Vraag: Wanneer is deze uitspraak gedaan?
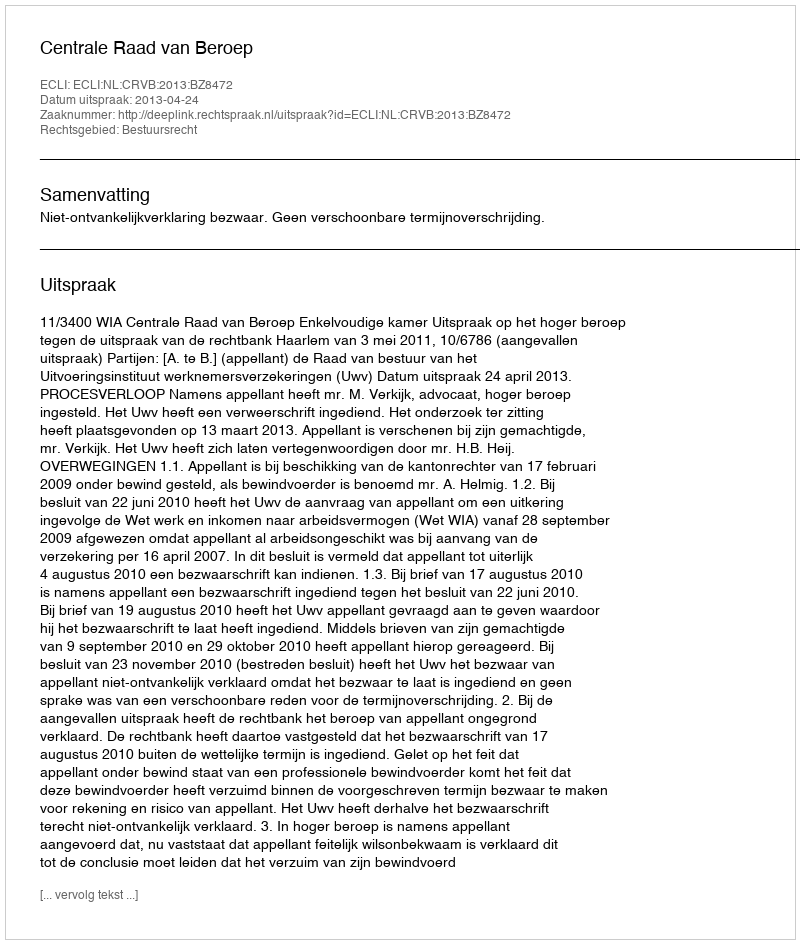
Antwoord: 2013-04-24